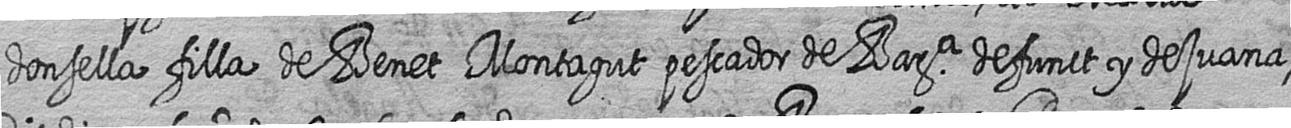
donsella filla de Benet Montagut pescador de Bara defunct y de Juana